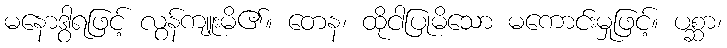
မနောဒွါရဖြင့် လွန်ကျူးမိ၏။ တေန၊ ထိုငါပြုမိသော မကောင်းမှုဖြင့်။ ပစ္ဆာ၊